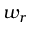
w _ { r }